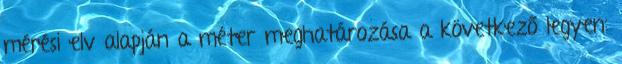
mérési elv alapján a méter meghatározása a következő legyen: